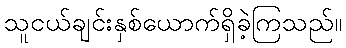
သူငယ်ချင်းနှစ်ယောက်ရှိခဲ့ကြသည်။